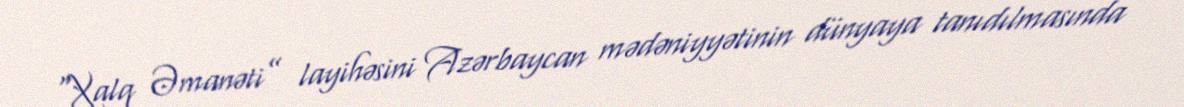
“Xalq Əmanəti” layihəsini Azərbaycan mədəniyyətinin dünyaya tanıdılmasında